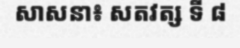
សាសនា៖ សតវត្ស ទី ៨